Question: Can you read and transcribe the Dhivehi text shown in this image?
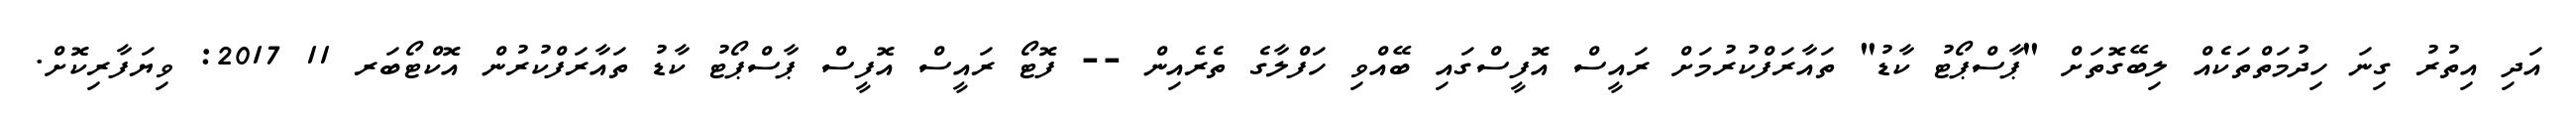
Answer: އަދި އިތުރު ގިނަ ހިދުމަތްތަކެއް ލިބޭގޮތަށް "ޕާސްޕޯޓު ކާޑު" ތައާރަފްކުރުމަށް ރައީސް އޮފީސްގައި ބޭއްވި ހަފްލާގެ ތެރެއިން -- ފޮޓޯ ރައީސް އޮފީސް ޕާސްޕޯޓު ކާޑު ތައާރަފްކުރުން އޮކްޓޯބަރ 11 2017: ވިޔަފާރިކޮށް.